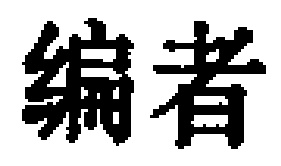
编者